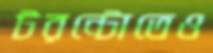
টরন্টোতেও